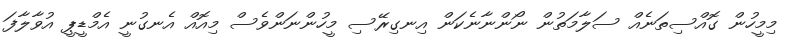
މިމީހުން ގޮއްސިތަނެއް ސަލާމަތުން ނޯންނާނެކަން އިނގިރޭސި މީހުންނަންވެސް މިއޮއް އެނގުނީ އެމްޑީޕީ އުވާލާފަ